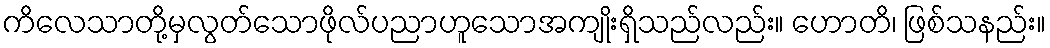
ကိလေသာတို့မှလွတ်သောဖိုလ်ပညာဟူသောအကျိုးရှိသည်လည်း။ ဟောတိ၊ ဖြစ်သနည်း။